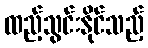
ထည့်သွင်းနိုင်သည့်